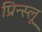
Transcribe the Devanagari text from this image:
प्रिन्स्लू